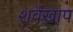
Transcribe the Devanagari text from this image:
शर्वखाप